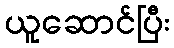
ယူဆောင်ပြီး